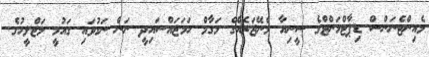
މެއިންޓެނަންސް ޑިޕާޓްމަންޓްގެ ސީނިއާ މެނޭޖަރެއްގެ މަގާމް ހަމަޖައްސައިދީ ނަން ނަގުވައި ގައުމީ މަޖްލީހުގެ